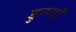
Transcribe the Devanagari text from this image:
डुग्गी